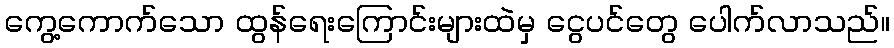
ကွေ့ကောက်သော ထွန်ရေးကြောင်းများထဲမှ ငွေပင်တွေ ပေါက်လာသည်။